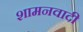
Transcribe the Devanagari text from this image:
शामनवादी